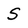
Character: S